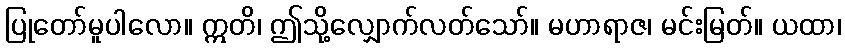
ပြုတော်မူပါလော။ ဣတိ၊ ဤသို့လျှောက်လတ်သော်။ မဟာရာဇ၊ မင်းမြတ်။ ယထာ၊